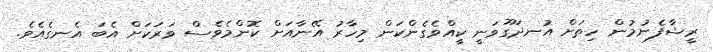
ރީޝާފެނުމުން ހިތަށް އުނދަގޫވަނީ ކީއްވެގެންކަން މިހާރު އޭނާއަށް ކޮންމެވެސް ވަރަކަށް އެބަ އެނގެއެވެ.